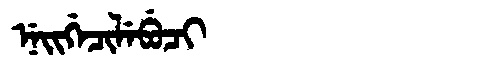
Manchu: ᠨᡝᡳᡤᡝᠴᡳᠯᡝᠪᡠᠴᡳ
Romanization: NEIGECILEBUCI